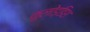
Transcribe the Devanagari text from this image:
कुलोड्डिश